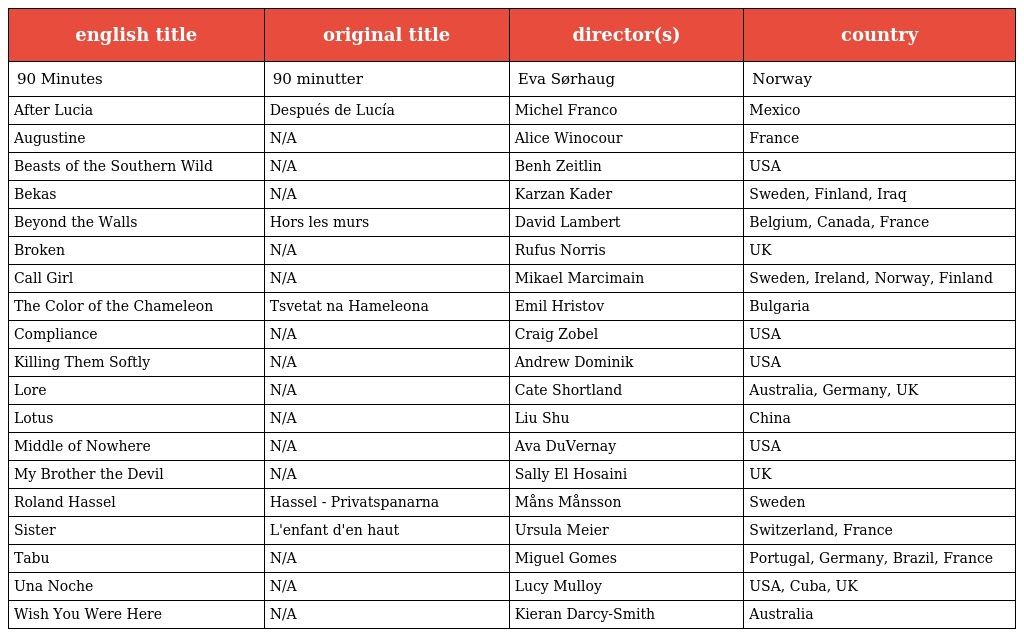
| english title | original title | director(s) | country |
 | --- | --- | --- | --- |
 | 90 Minutes | 90 minutter | Eva Sørhaug | Norway |
 | After Lucia | Después de Lucía | Michel Franco | Mexico |
 | Augustine | N/A | Alice Winocour | France |
 | Beasts of the Southern Wild | N/A | Benh Zeitlin | USA |
 | Bekas | N/A | Karzan Kader | Sweden, Finland, Iraq |
 | Beyond the Walls | Hors les murs | David Lambert | Belgium, Canada, France |
 | Broken | N/A | Rufus Norris | UK |
 | Call Girl | N/A | Mikael Marcimain | Sweden, Ireland, Norway, Finland |
 | The Color of the Chameleon | Tsvetat na Hameleona | Emil Hristov | Bulgaria |
 | Compliance | N/A | Craig Zobel | USA |
 | Killing Them Softly | N/A | Andrew Dominik | USA |
 | Lore | N/A | Cate Shortland | Australia, Germany, UK |
 | Lotus | N/A | Liu Shu | China |
 | Middle of Nowhere | N/A | Ava DuVernay | USA |
 | My Brother the Devil | N/A | Sally El Hosaini | UK |
 | Roland Hassel | Hassel - Privatspanarna | Måns Månsson | Sweden |
 | Sister | L'enfant d'en haut | Ursula Meier | Switzerland, France |
 | Tabu | N/A | Miguel Gomes | Portugal, Germany, Brazil, France |
 | Una Noche | N/A | Lucy Mulloy | USA, Cuba, UK |
 | Wish You Were Here | N/A | Kieran Darcy-Smith | Australia |